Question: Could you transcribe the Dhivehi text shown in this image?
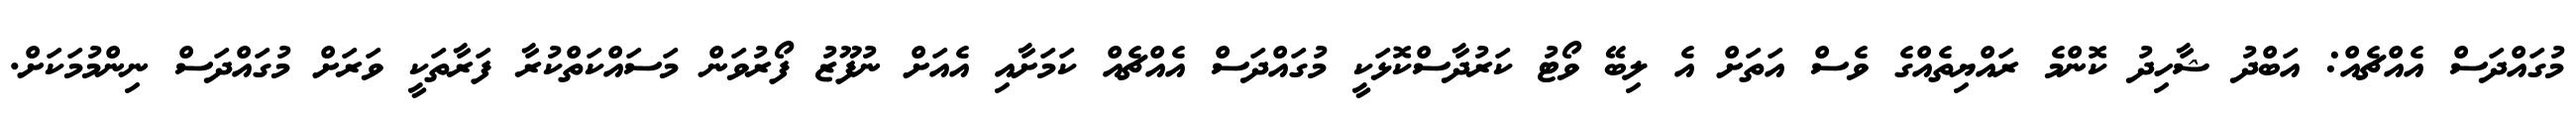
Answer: މުގައްދަސް އެއްޗެއް: އަބްދު ޝާހިދު ކޮންމެ ރައްޔިތެއްގެ ވެސް އަތަށް އެ ލިބޭ ވޯޓު ކަރުދާސްކޮޅަކީ މުގައްދަސް އެއްޗެއް ކަމަށާއި އެއަށް ނުފޫޒު ފޯރުވަން މަސައްކަތްކުރާ ފަރާތަކީ ވަރަށް މުގައްދަސް ނިންމުމަކަށް.